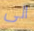
الى